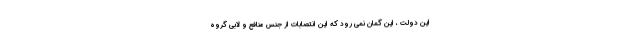
این دولت ، این گمان نمی رود که این انتصابات از جنس منافع و لابی گروه